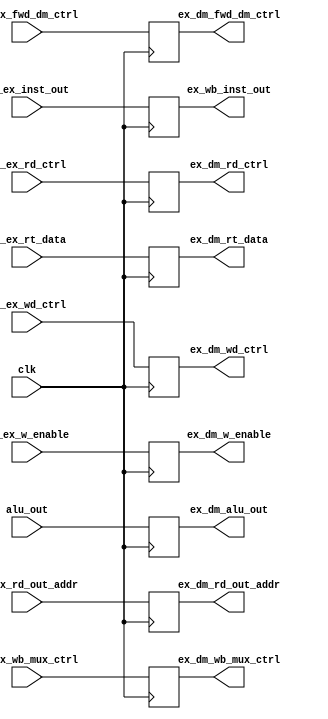
module EX_DM_SB(input [31:0] alu_out, id_ex_rt_data, id_ex_inst_out, 
input [4:0] id_ex_rd_out_addr,  
input id_ex_fwd_dm_ctrl, id_ex_wb_mux_ctrl, id_ex_wd_ctrl, id_ex_rd_ctrl, id_ex_w_enable, clk, 
output reg [31:0] ex_dm_alu_out, ex_dm_rt_data, ex_wb_inst_out, 
output reg [4:0] ex_dm_rd_out_addr,  
output reg ex_dm_fwd_dm_ctrl, ex_dm_wb_mux_ctrl, ex_dm_wd_ctrl, ex_dm_rd_ctrl, ex_dm_w_enable);

always@(posedge clk)
begin
    ex_dm_alu_out = alu_out;
    ex_dm_rt_data = id_ex_rt_data;
    ex_dm_rd_out_addr = id_ex_rd_out_addr;
    ex_dm_fwd_dm_ctrl = id_ex_fwd_dm_ctrl;
    ex_dm_wb_mux_ctrl = id_ex_wb_mux_ctrl;
    ex_dm_wd_ctrl = id_ex_wd_ctrl;
    ex_dm_rd_ctrl = id_ex_rd_ctrl;
    ex_dm_w_enable = id_ex_w_enable; 
    ex_wb_inst_out = id_ex_inst_out;
end
endmodule